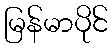
မြန်မာပိုင်